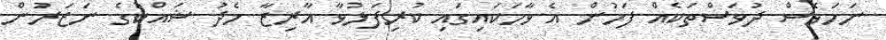
ނަމަވެސް ދުވަސްތަކެއް ފަހުން އެ ވާހަކައިގައި ކުރިފަޅުވާ އާރިޒާ މެދު ޝައްކުގެ ނަޒަރުން